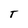
Character: T